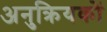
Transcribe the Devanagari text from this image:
अनुक्रियकों